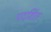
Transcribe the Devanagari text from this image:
पदर्शित